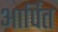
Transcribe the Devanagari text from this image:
आर्पित